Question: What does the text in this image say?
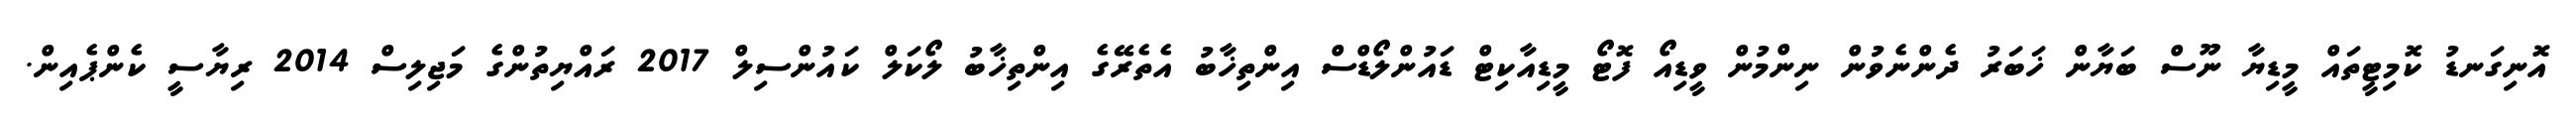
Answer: އޮނިގަނޑު ކޮމިޓީތައް މީޑިޔާ ނޫސް ބަޔާން ޚަބަރު ދެންނެވުން ނިންމުން ވީޑިއޯ ފޮޓޯ މީޑިއާކިޓް ޑައުންލޯޑްސް އިންތިޚާބު އެތެރޭގެ އިންތިޚާބު ލޯކަލް ކައުންސިލް 2017 ރައްޔިތުންގެ މަޖިލިސް 2014 ރިޔާސީ ކެންޕެއިން.